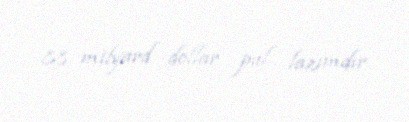
88 milyard dollar pul lazımdır.